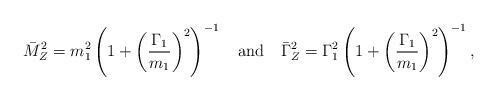
LaTeX: \begin{align*}\bar M_Z^2=m_1^2 \left( 1+\left(\frac{\Gamma_1}{m_1}\right)^2\right)^{-1} \quad {\rm and} \quad \bar\Gamma_Z^2=\Gamma_1^2 \left(1+\left(\frac{\Gamma_1}{m_1}\right)^2\right)^{-1}, \end{align*}